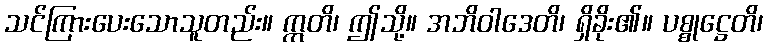
သင်ကြားပေးသောသူတည်း။ ဣတိ၊ ဤသို့။ အဘိဝါဒေတိ၊ ရှိခိုး၏။ ပစ္စုဋ္ဌေတိ၊